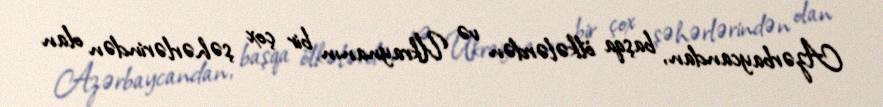
Azərbaycandan, başqa ölkələrdən və Ukraynanın bir çox şəhərlərindən olan